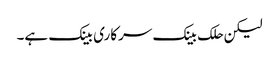
لیکن حلک بینک سرکاری بینک ہے۔